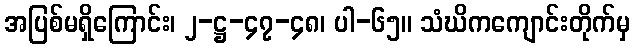
အပြစ်မရှိကြောင်း၊ ၂-ဋ္ဌ-၄၇-၄၈၊ ပါ-၆၅။ သံဃိကကျောင်းတိုက်မှ